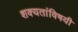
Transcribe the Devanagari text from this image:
शक्यतांविषयी